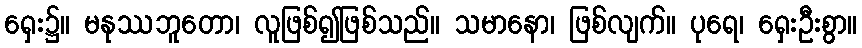
ရှေး၌။ မနုဿဘူတော၊ လူဖြစ်၍ဖြစ်သည်။ သမာနော၊ ဖြစ်လျက်။ ပုရေ၊ ရှေးဦးစွာ။